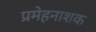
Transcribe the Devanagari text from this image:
प्रमेहनाशक